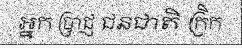
អ្នក ប្រាជ្ញ ជនជាតិ ក្រិក